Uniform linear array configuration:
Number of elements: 48
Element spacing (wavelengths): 1
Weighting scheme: uniform
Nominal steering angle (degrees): -30
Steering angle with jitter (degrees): -28.233
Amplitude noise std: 0.05
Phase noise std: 0.05

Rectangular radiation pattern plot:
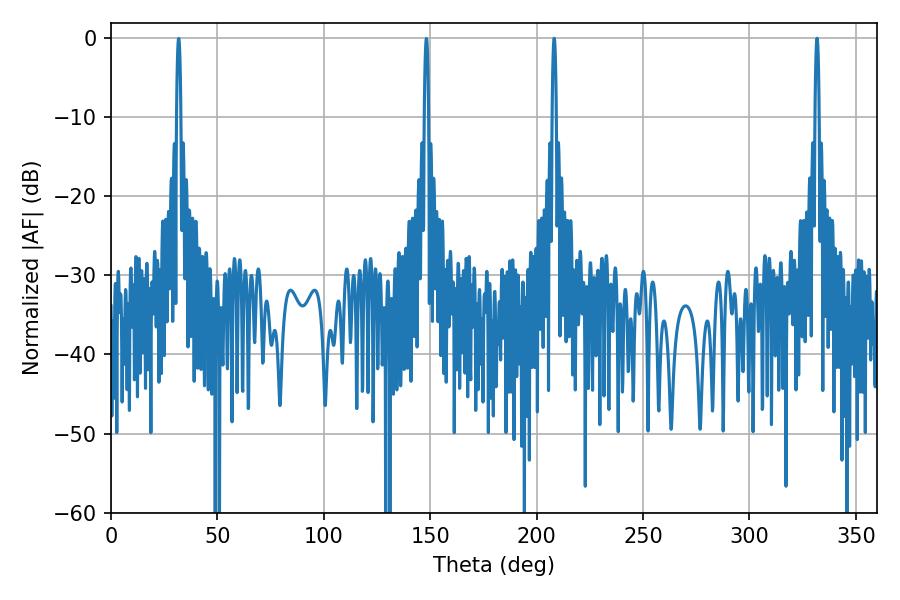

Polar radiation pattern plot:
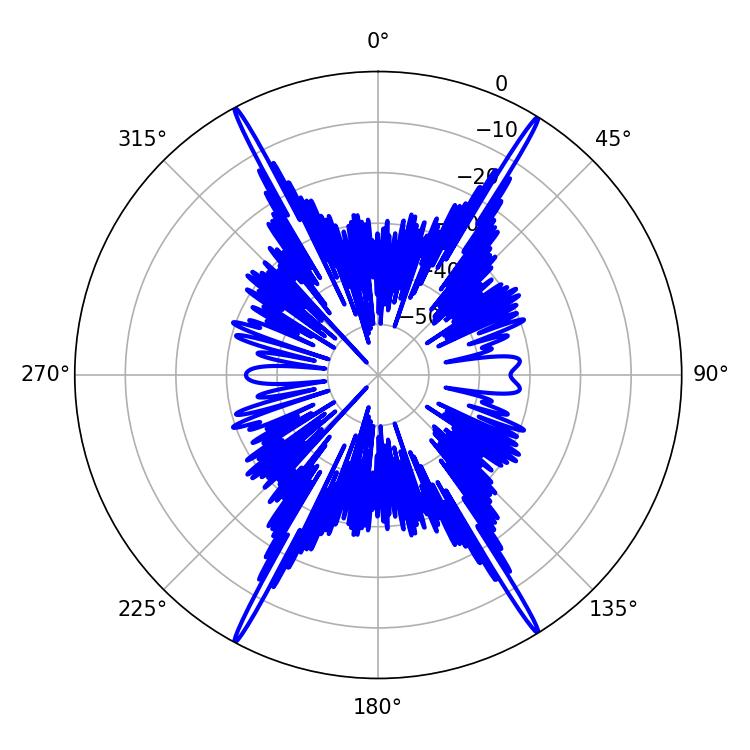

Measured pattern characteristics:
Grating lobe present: TRUE
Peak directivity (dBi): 27.563
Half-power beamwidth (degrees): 1.08
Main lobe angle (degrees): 331.74